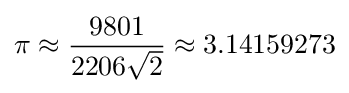
\pi \approx {\frac {9801}{2206{\sqrt {2}}}}\approx 3.14159273